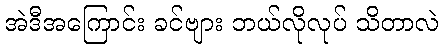
အဲဒီအကြောင်း ခင်ဗျား ဘယ်လိုလုပ် သိတာလဲ